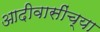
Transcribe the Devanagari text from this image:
आदीवासींच्या